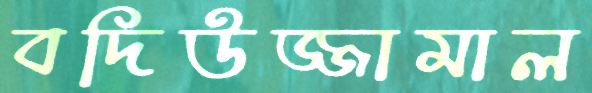
বদিউজ্জামাল